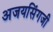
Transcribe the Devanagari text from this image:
अजयसिंगजी